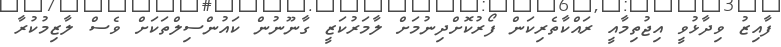
ފާއިޒު ވިދާޅުވީ އިޖުތިމާއީ ރައްކާތެރިކަން ފޯރުކޮށްދިނުމަށް ލާމަރުކަޒީ ގާނޫނުން ކައުންސިލްތަކަށް ވެސް ލާޒިމުކުރާ